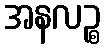
အနလဉ္စ